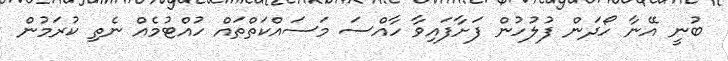
ބުނީ އޭނާ ހޯދަން ފުލުހުން ފަށާފައިވާ ހާއްސަ މަސައްކަތްތައް ހުއްޓުމެއް ނެތި ކުރަމުން